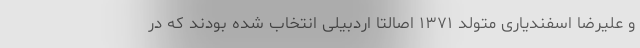
و علیرضا اسفندیاری متولد ۱۳۷۱ اصالتا اردبیلی انتخاب شده بودند که در